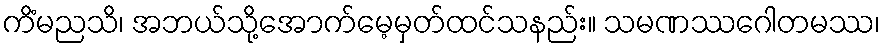
ကိံမညသိ၊ အဘယ်သို့အောက်မေ့မှတ်ထင်သနည်း။ သမဏဿဂေါတမဿ၊